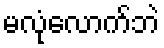
မလုံလောက်ဘဲ